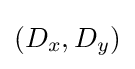
(D_{x},D_{y})